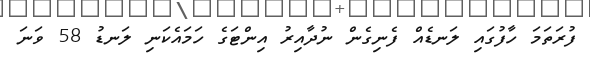
ފުރަތަމަ ހާފުގައި ލަނޑެއް ފެނިގެން ނުދާއިރު އިންޓަގެ ހަމައެކަނި ލަނޑު 58 ވަނަ